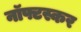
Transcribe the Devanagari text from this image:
नॉफ्टस्कर